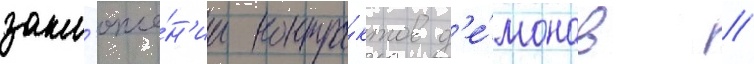
закл'юче́н'ии контра́ктов д'е́монов //